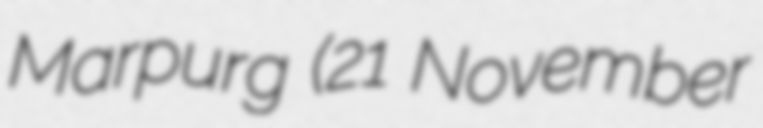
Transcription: Marpurg (21 November